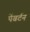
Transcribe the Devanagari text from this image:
पेंबर्टन